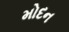
મોદન